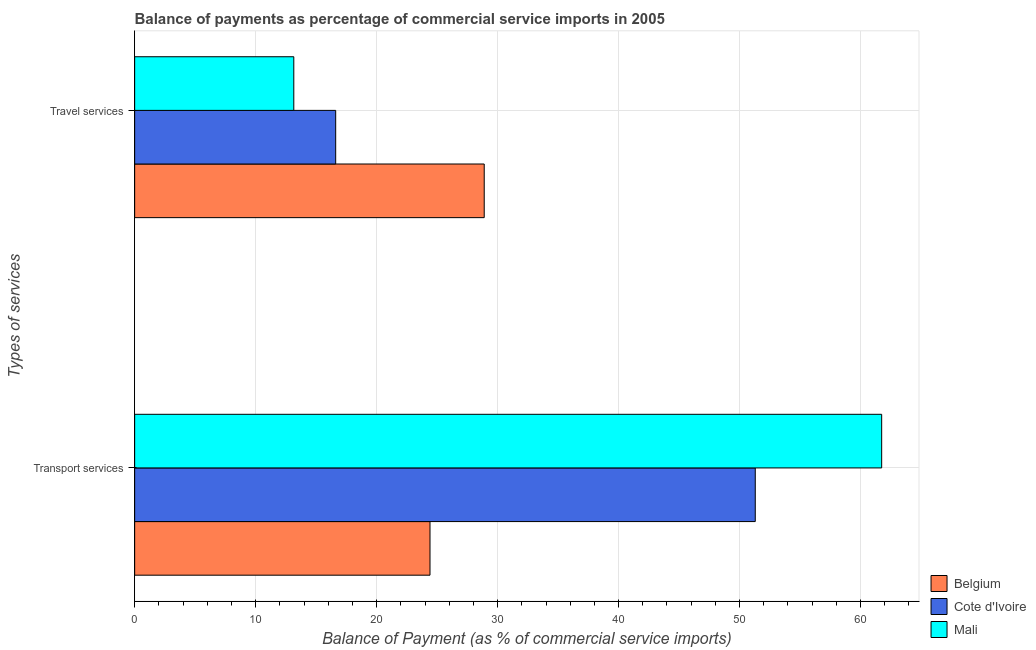
| Types of services | Belgium | Cote d'Ivoire | Mali |
 | --- | --- | --- | --- |
 | Transport services | 24.4 | 51.3 | 61.7 |
 | Travel services | 28.9 | 16.6 | 13.2 |